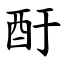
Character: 酑